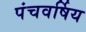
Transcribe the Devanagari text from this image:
पंचवर्षिय